Leaving Certificate Examination (including Day School Certificate (Higher) General paper), 1932
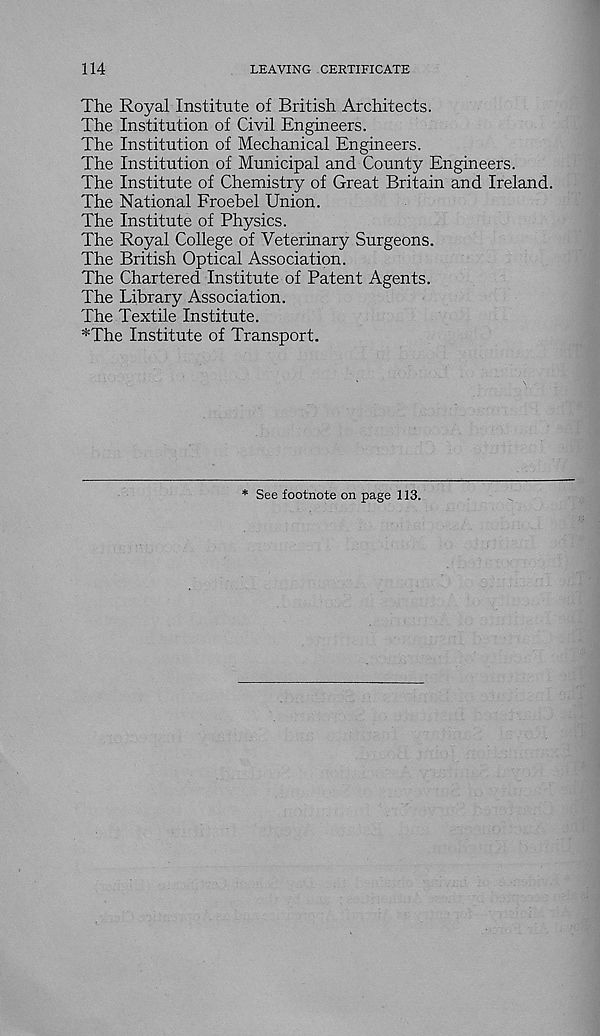
114
LEAVING CERTIFICATE
The Royal Institute of British Architects.
The Institution of Civil Engineers.
The Institution of Mechanical Engineers.
The Institution of Municipal and County Engineers.
The Institute of Chemistry of Great Britain and Ireland.
The National Froebel Union.
The Institute of Physics.
The Royal College of Veterinary Surgeons.
The British Optical Association.
The Chartered Institute of Patent Agents.
The Library Association.
The Textile Institute.
*The Institute of Transport.
* See footnote on page 113.